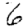
Digit: 6